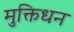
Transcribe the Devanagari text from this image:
मुक्तिधन